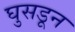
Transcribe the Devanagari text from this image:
घुसडून